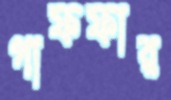
গাফফার